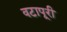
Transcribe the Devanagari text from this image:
वटापूरी